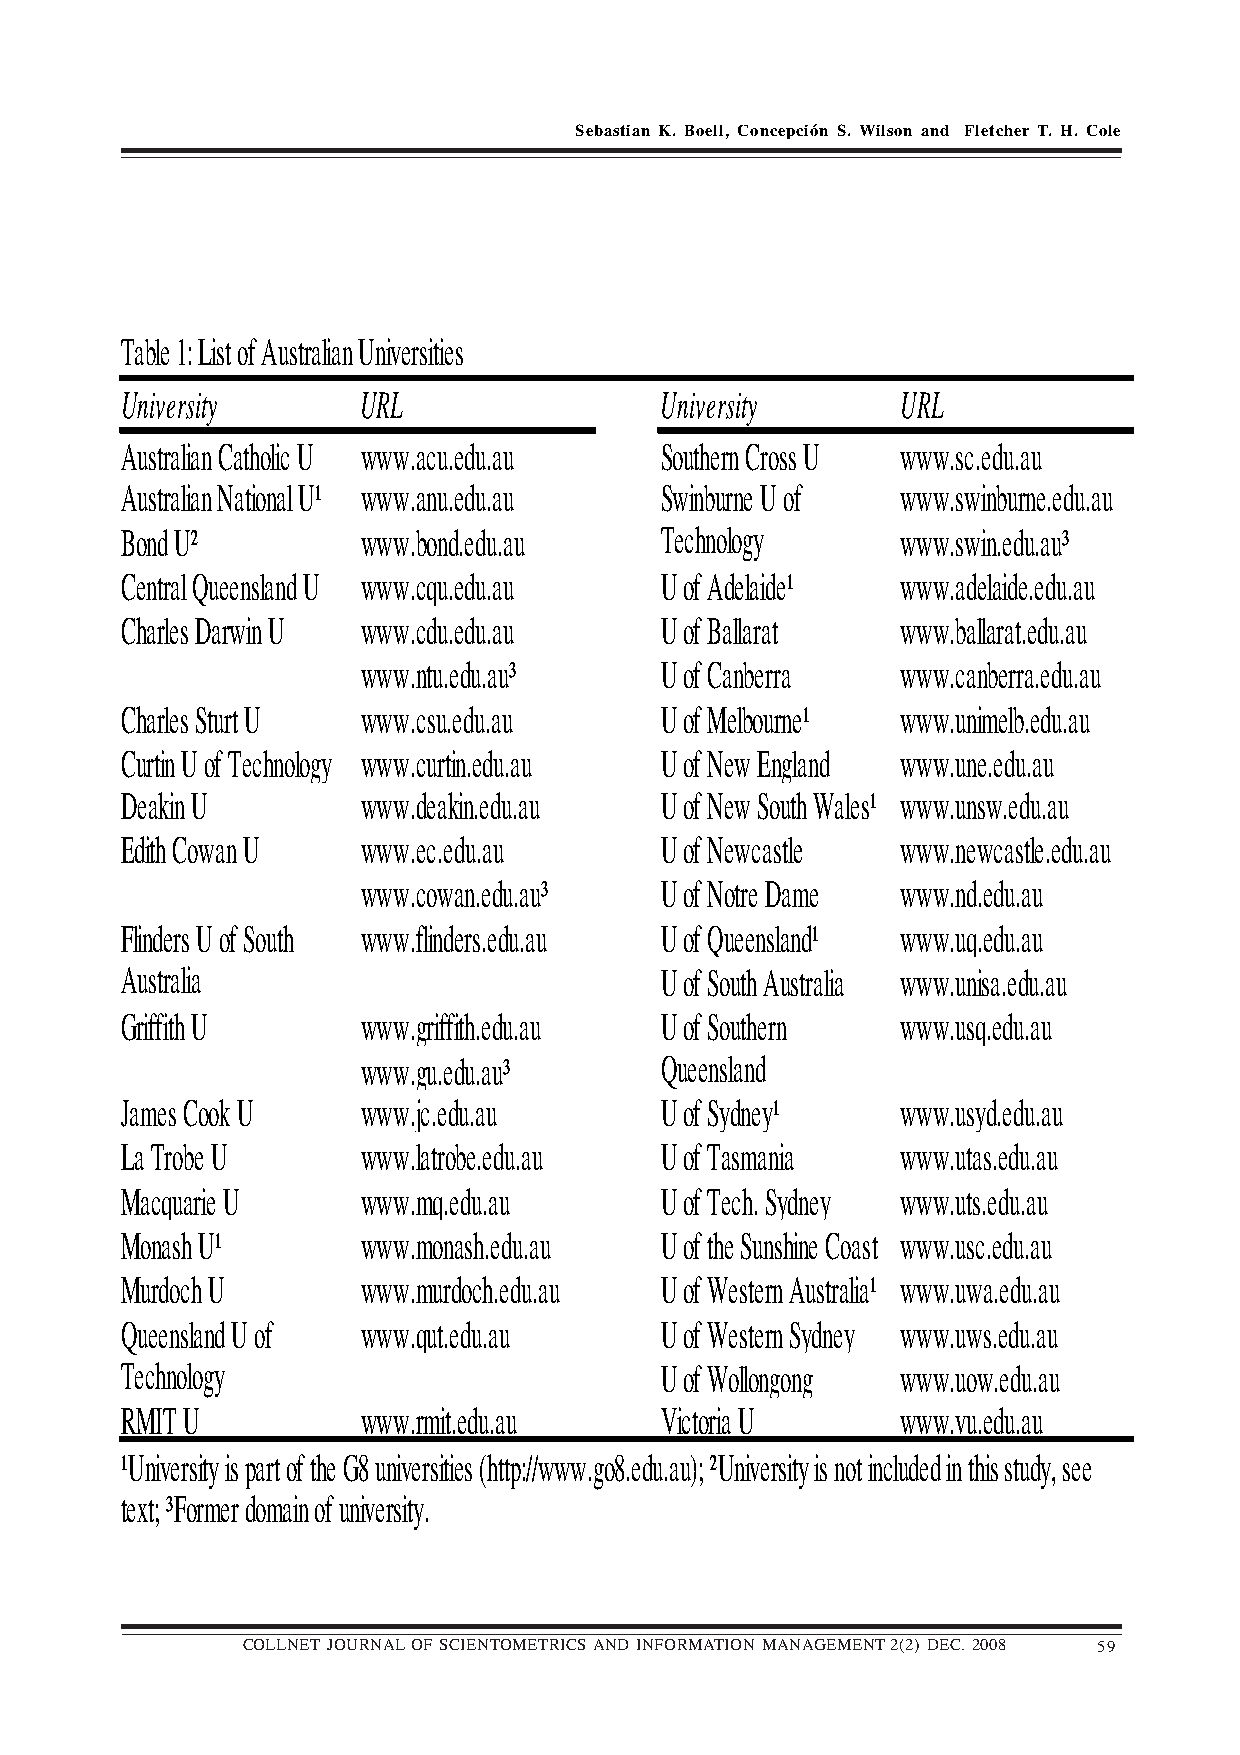
Sebastian K. Boell, Concepción S. Wilson and Fletcher T. H. Cole
 Table 1: List of Australian Universities
 University      URL                 University      URL
 Australian Catholic U www.acu.edu.au Southern Cross U www.sc.edu.au
 Australian National U¹ www.anu.edu.au Swinburne U of www.swinburne.edu.au
 Bond U²         www.bond.edu.au     Technology      www.swin.edu.au³
 Central Queensland U www.cqu.edu.au U of Adelaide¹  www.adelaide.edu.au
 Charles Darwin U www.cdu.edu.au     U of Ballarat   www.ballarat.edu.au
 www.ntu.edu.au³     U of Canberra   www.canberra.edu.au
 Charles Sturt U www.csu.edu.au      U of Melbourne¹ www.unimelb.edu.au
 Curtin U of Technology www.curtin.edu.au U of New England www.une.edu.au
 Deakin U        www.deakin.edu.au   U of New South Wales¹ www.unsw.edu.au
 Edith Cowan U   www.ec.edu.au       U of Newcastle  www.newcastle.edu.au
 www.cowan.edu.au³   U of Notre Dame www.nd.edu.au
 Flinders U of South www.flinders.edu.au U of Queensland¹ www.uq.edu.au
 Australia                           U of South Australia www.unisa.edu.au
 Griffith U      www.griffith.edu.au U of Southern   www.usq.edu.au
 www.gu.edu.au³      Queensland
 James Cook U    www.jc.edu.au       U of Sydney¹    www.usyd.edu.au
 La Trobe U      www.latrobe.edu.au  U of Tasmania   www.utas.edu.au
 Macquarie U     www.mq.edu.au       U of Tech. Sydney www.uts.edu.au
 Monash U¹       www.monash.edu.au   U of the Sunshine Coast www.usc.edu.au
 Murdoch U       www.murdoch.edu.au  U of Western Australia¹ www.uwa.edu.au
 Queensland U of www.qut.edu.au      U of Western Sydney www.uws.edu.au
 Technology                          U of Wollongong www.uow.edu.au
 RMIT U          www.rmit.edu.au     Victoria U      www.vu.edu.au
 ¹University is part of the G8 universities (http://www.go8.edu.au); ²University is not included in this study, see
 text; ³Former domain of university.
 COLLNET JOURNAL OF SCIENTOMETRICS AND INFORMATION MANAGEMENT 2(2) DEC. 2008 59